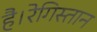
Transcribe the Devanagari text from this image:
है।रेगिस्तान